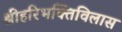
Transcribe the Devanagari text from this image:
श्रीहरिभक्तिविलास